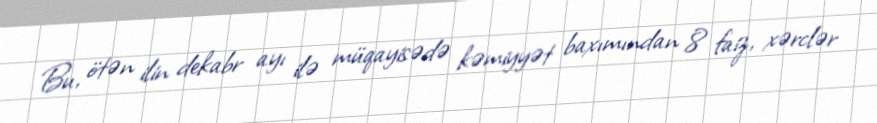
Bu, ötən ilin dekabr ayı ilə müqayisədə kəmiyyət baxımından 8 faiz, xərclər